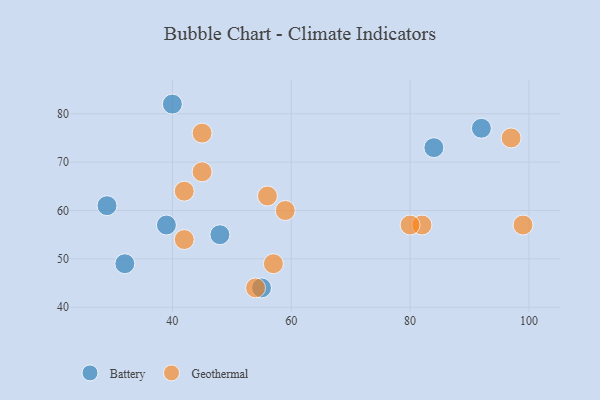
{"axis": {"x": "GDP", "y": "Life Expectancy"}, "legend": ["Battery", "Geothermal"], "data": [{"x": "84", "y": 73, "type": "Battery"}, {"x": "92", "y": 77, "type": "Battery"}, {"x": "48", "y": 55, "type": "Battery"}, {"x": "40", "y": 82, "type": "Battery"}, {"x": "32", "y": 49, "type": "Battery"}, {"x": "39", "y": 57, "type": "Battery"}, {"x": "55", "y": 44, "type": "Battery"}, {"x": "29", "y": 61, "type": "Battery"}, {"x": "45", "y": 76, "type": "Geothermal"}, {"x": "42", "y": 64, "type": "Geothermal"}, {"x": "97", "y": 75, "type": "Geothermal"}, {"x": "82", "y": 57, "type": "Geothermal"}, {"x": "56", "y": 63, "type": "Geothermal"}, {"x": "54", "y": 44, "type": "Geothermal"}, {"x": "57", "y": 49, "type": "Geothermal"}, {"x": "59", "y": 60, "type": "Geothermal"}, {"x": "42", "y": 54, "type": "Geothermal"}, {"x": "80", "y": 57, "type": "Geothermal"}, {"x": "99", "y": 57, "type": "Geothermal"}, {"x": "45", "y": 68, "type": "Geothermal"}]}